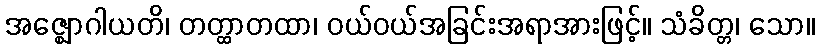
အဇ္ဈောဂါယတိ၊ တတ္ထာတထာ၊ ဝယ်ဝယ်အခြင်းအရာအားဖြင့်။ သံခိတ္တ၊ သော။